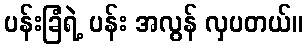
ပန်းခြံရဲ့ ပန်း အလွန် လှပတယ်။